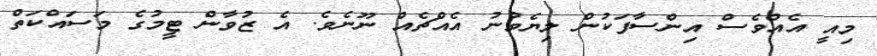
މިއީ އެއްވެސް އިންސާފަކުން ލިޔެވުނު އެއްޗެއް ނޫނެވެ. އެ ޒުވާން ޓީމުގެ މަސައްކަތް